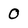
Character: O